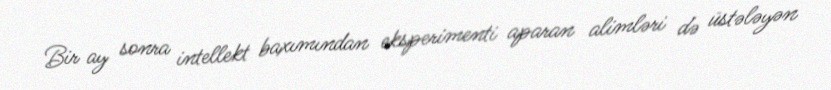
Bir ay sonra intellekt baxımından eksperimenti aparan alimləri də üstələyən